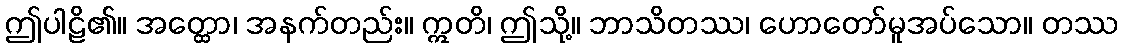
ဤပါဠိ၏။ အတ္ထော၊ အနက်တည်း။ ဣတိ၊ ဤသို့။ ဘာသိတဿ၊ ဟောတော်မူအပ်သော။ တဿ